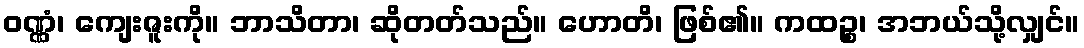
ဝဏ္ဏံ၊ ကျေးဇူးကို။ ဘာသိတာ၊ ဆိုတတ်သည်။ ဟောတိ၊ ဖြစ်၏။ ကထဉ္စ၊ အဘယ်သို့လျှင်။